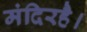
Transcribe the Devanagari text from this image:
मंदिरहै।